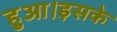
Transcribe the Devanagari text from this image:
हुआ।इसके